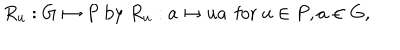
LaTeX: R _ { u } : G \mapsto P \mathrm { ~ b y ~ } R _ { u } : a \mapsto u a \, \mathrm { ~ f o r ~ } u \in P , a \in G ,